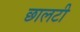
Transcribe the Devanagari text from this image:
छालटी